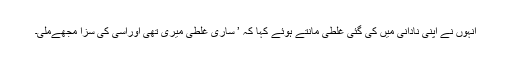
انہوں نے اپنی نادانی میں کی گئی غلطی مانتے ہوئے کہا کہ ’ ساری غلطی میری تھی اوراسی کی سزا مجھےملی۔